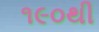
૧૯૦થી